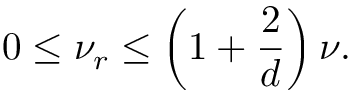
0 \leq \nu _ { r } \leq \left( 1 + \frac { 2 } { d } \right) \nu .